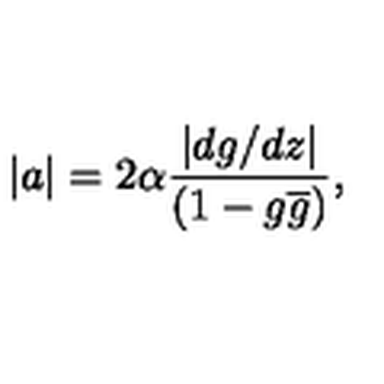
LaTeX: | a | = 2 \alpha \frac { \left| d g / d z \right| } { ( 1 - g \overline { { g } } ) } ,